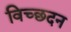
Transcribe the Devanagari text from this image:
विच्छदन